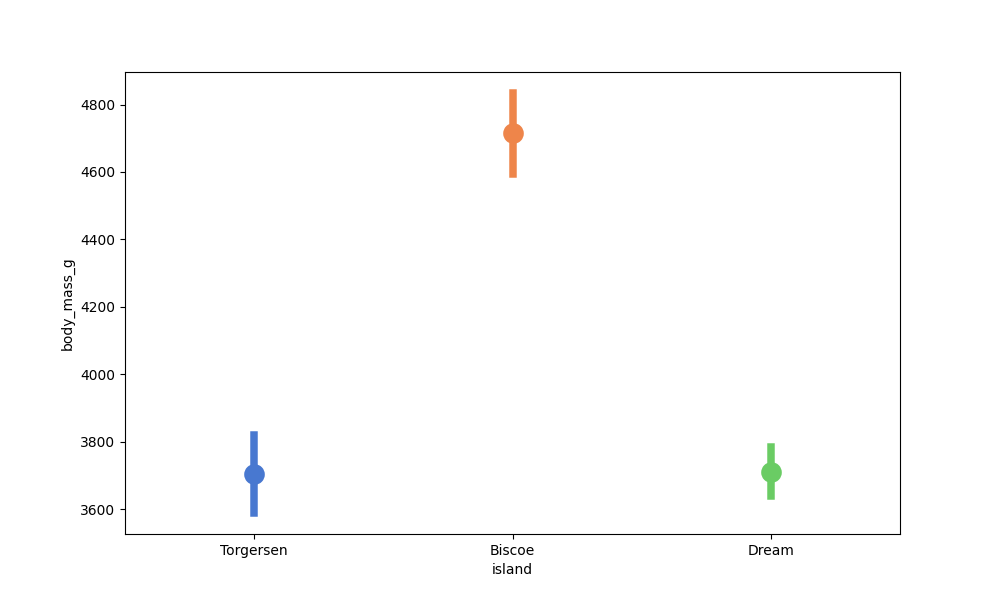
python, seaborn, pointplot, scale=2.0, join=False, hue='None', palette='muted'